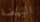
البيضة